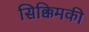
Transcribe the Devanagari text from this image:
सिक्किमकी